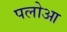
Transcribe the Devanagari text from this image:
पलोआ